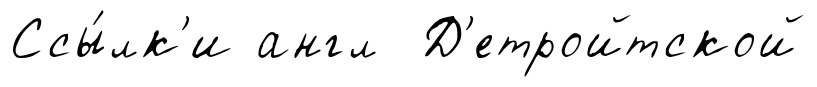
Ссы́лк'и англ Д'етройтской